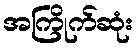
အကြိုက်ဆုံး